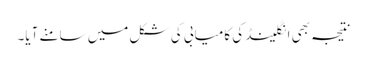
نتیجہ بھی انگلینڈ کی کامیابی کی شکل میں سامنے آیا۔